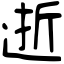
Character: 逝